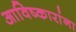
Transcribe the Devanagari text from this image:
आविष्कारांना